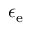
\epsilon _ { \mathrm { e } }